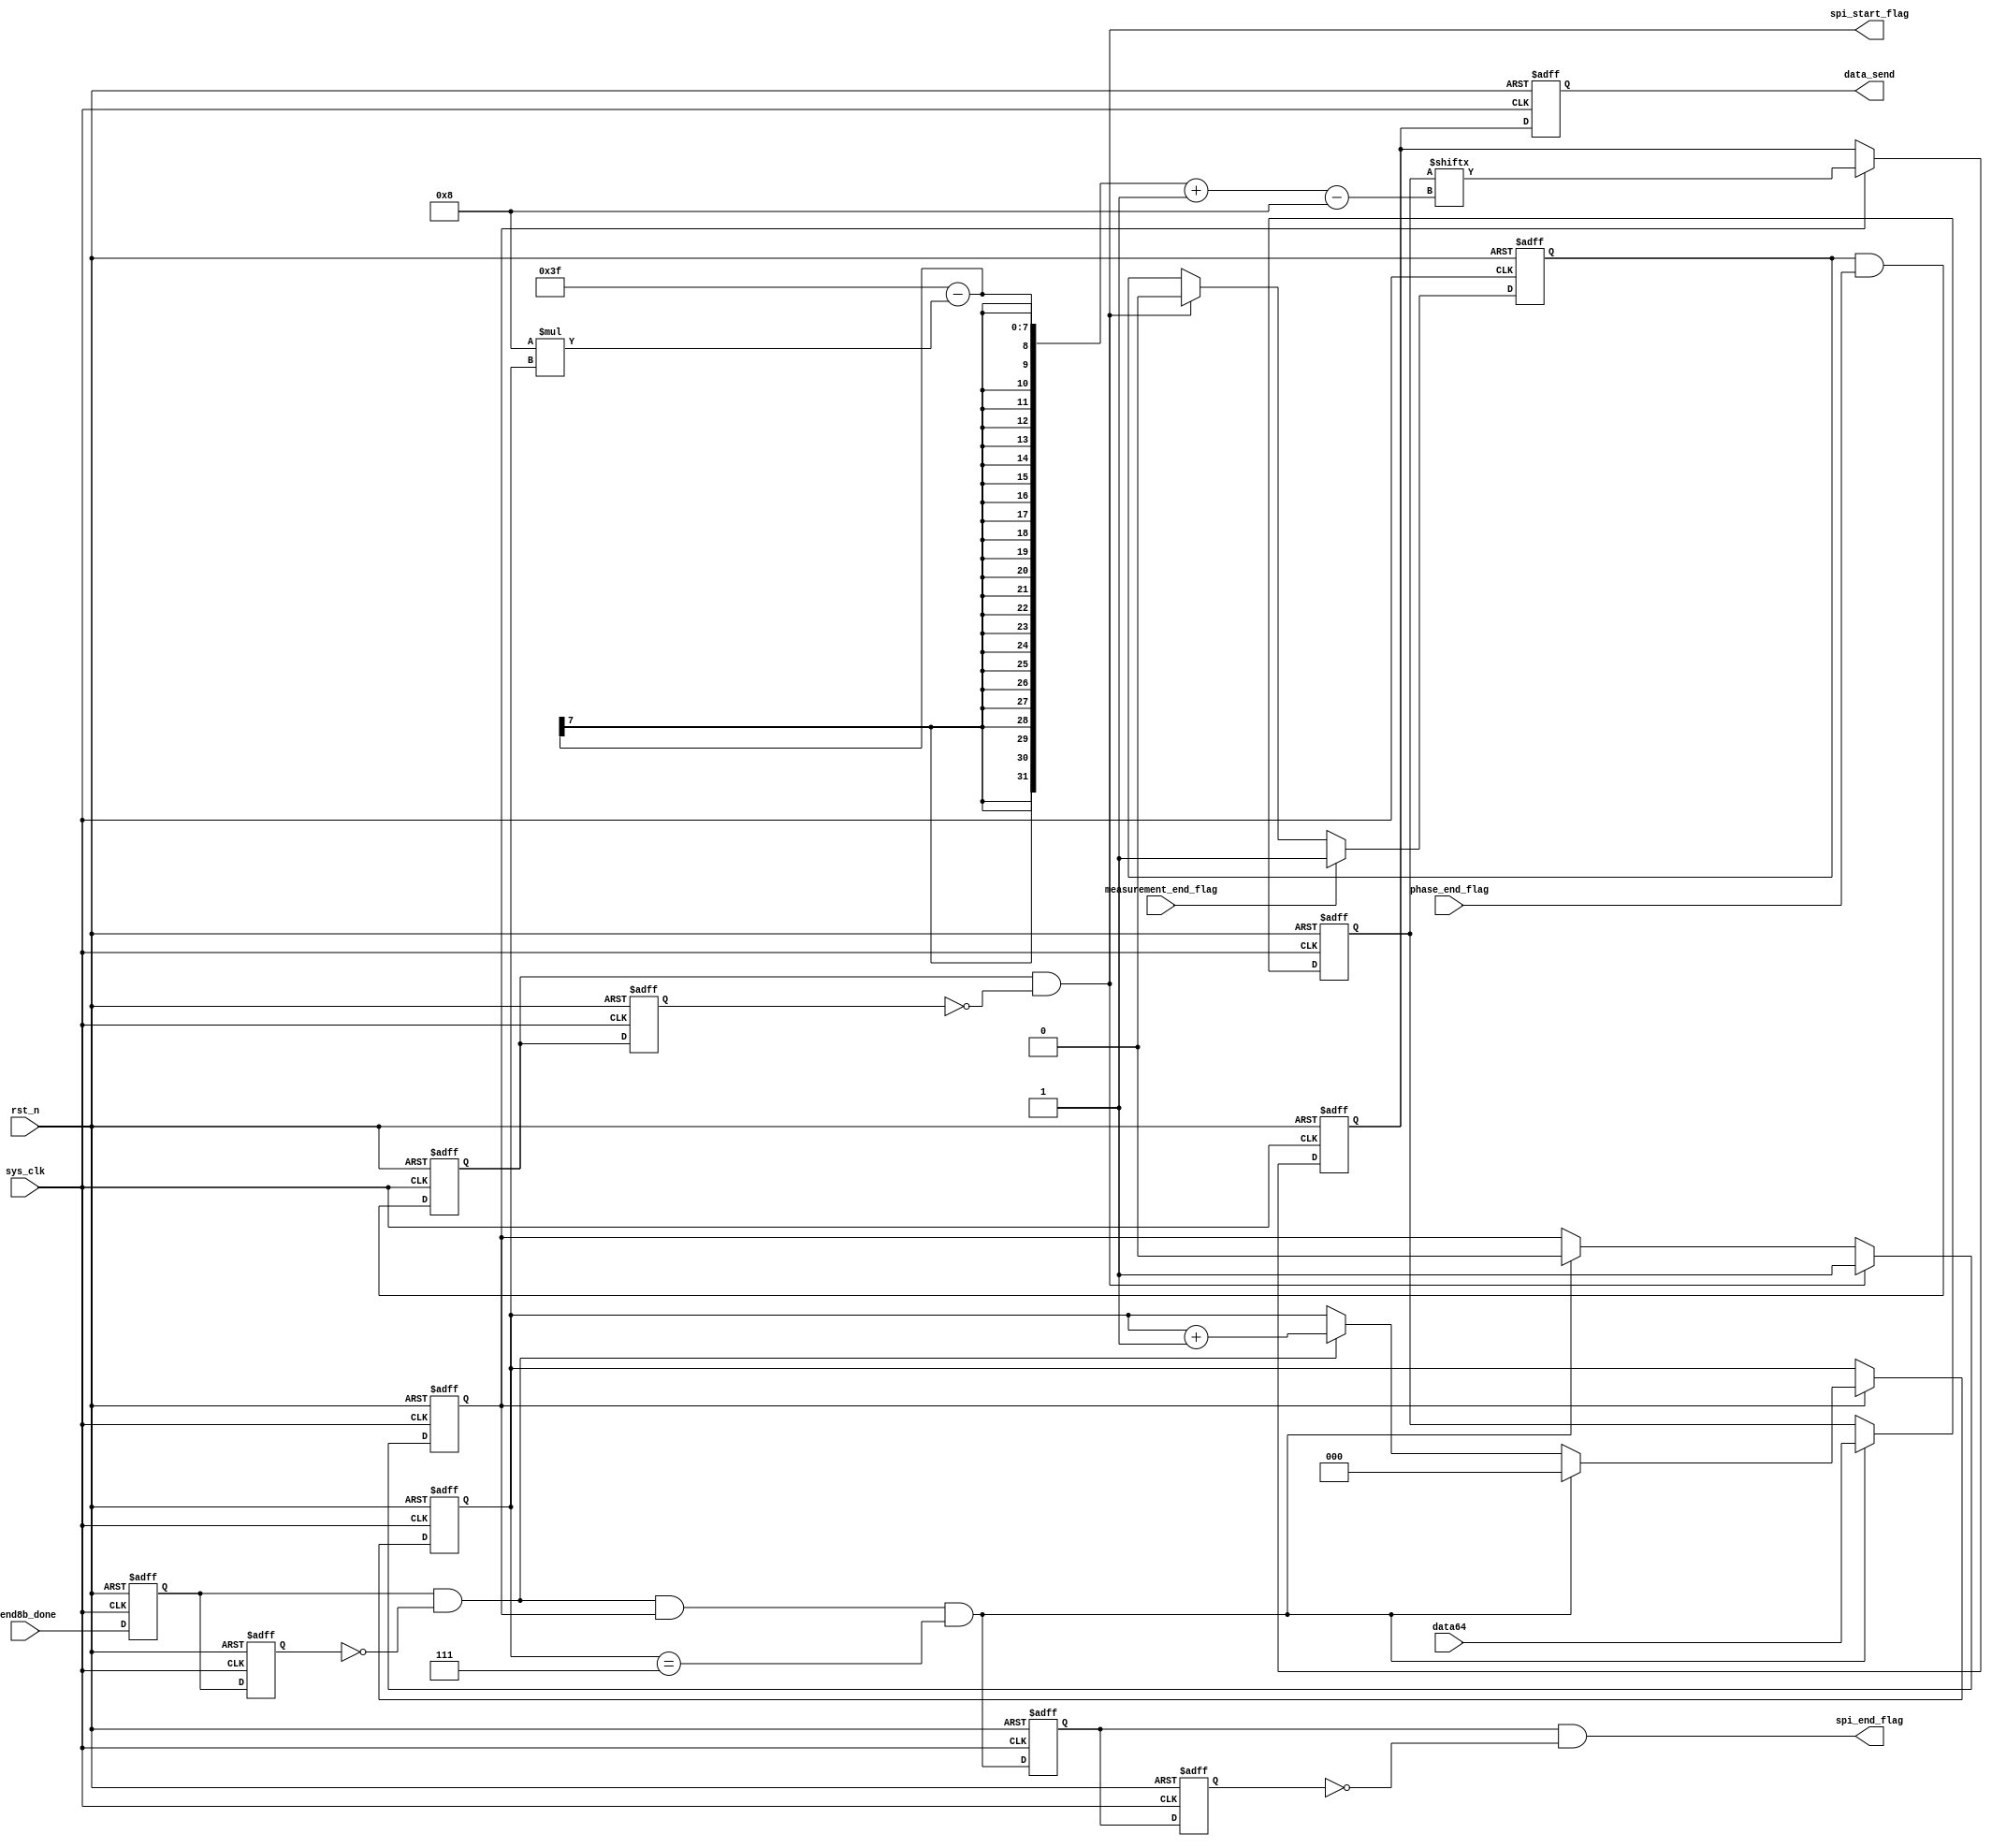
module spi_start(
    sys_clk        ,
    rst_n    ,
    send8b_done,
    measurement_end_flag,
    phase_end_flag,
    data_send,
    data64,
    spi_start_flag,
    spi_end_flag
    );
    input                               sys_clk                    ;
    input                               rst_n                      ;
    input                               send8b_done                ;
    input                               measurement_end_flag       ;
    input                               phase_end_flag             ;
    input  wire        [  63:0]         data64                     ;

    output reg         [   7:0]         data_send                  ;
    output                              spi_start_flag             ;
    output                              spi_end_flag               ;

reg                                     send8b_done_d0             ;
reg                                     send8b_done_d1             ;
wire                                    send8b_done_flag           ;
//send_done
assign send8b_done_flag = send8b_done_d0 & ~send8b_done_d1;

always@(posedge sys_clk or negedge rst_n)begin
    if(!rst_n)begin
        send8b_done_d0 <= 0;
        send8b_done_d1 <= 0;
    end
    else begin
        send8b_done_d0 <= send8b_done;
        send8b_done_d1 <= send8b_done_d0;
    end
end
//send8b_done_flag8*8=64
//0 -> 7
reg                    [   2:0]         cnt_0                      ;
wire                                    add_cnt_0                  ;
wire                                    end_cnt_0                  ;
reg                                     dout                       ;
always @(posedge sys_clk or negedge rst_n)begin
    if(!rst_n)
        cnt_0 <= 0;
    else if(add_cnt_0) begin
        if(end_cnt_0)
            cnt_0 <= 0;
        else if(send8b_done_flag)
            cnt_0 <= cnt_0 + 1;
    end
end
assign add_cnt_0 = dout==1 ;
assign end_cnt_0 = send8b_done_flag && add_cnt_0 && cnt_0==8-1 ;
    always  @(posedge sys_clk or negedge rst_n)begin
    if(!rst_n)
        dout <= 0;
    else if(spi_start_flag)
        dout <= 1;                                                  //endout = 1,
    else if(end_cnt_0)
        dout <= 0;
    end
//8\
reg                    [  63:0]         data64_reg                 ;
reg                    [   7:0]         data_send_reg              ;

always @(posedge sys_clk or negedge rst_n)begin
    if(!rst_n)
        data64_reg <= 0;
    else if(end_cnt_0) begin
        data64_reg <= data64;
    end
end
always@(posedge sys_clk or negedge rst_n)begin
    if(!rst_n)begin
        data_send_reg <= 0;
    end
    else if(dout) begin
        data_send_reg[7:0] <= data64_reg[63-(8*cnt_0)-:8];
    end
    else begin
        data_send_reg <= data_send_reg;
    end
end

always @(posedge sys_clk or negedge rst_n)begin
    if(!rst_n)
        data_send <= 0;
    else begin
        data_send <= data_send_reg;
    end
end
//**********************spi
wire                                    spi_start                  ;
reg                                     spi_start_d0               ;
reg                                     spi_start_d1               ;
reg                                     measurement_end_flag_reg   ;//measurement

always@(posedge sys_clk or negedge rst_n)begin
    if(!rst_n)begin
        measurement_end_flag_reg <= 0;
    end
    else if(measurement_end_flag) begin
        measurement_end_flag_reg <= 1;
    end
    else if(spi_start_flag) begin
        measurement_end_flag_reg <= 0;
    end
end

assign  spi_start = measurement_end_flag_reg && phase_end_flag;
assign  spi_start_flag = spi_start_d0 && ~spi_start_d1;

always@(posedge sys_clk or negedge rst_n)begin
    if(!rst_n)begin
        spi_start_d0<=0;
        spi_start_d1<=0;
    end
    else begin
        spi_start_d0<=spi_start;
        spi_start_d1<=spi_start_d0;
    end
end

wire                                    spi_end                    ;
reg                                     spi_end_d0                 ;
reg                                     spi_end_d1                 ;

    assign  spi_end = end_cnt_0;
    assign  spi_end_flag = spi_end_d0 && ~spi_end_d1;
always@(posedge sys_clk or negedge rst_n)begin
    if(!rst_n)begin
        spi_end_d0<=0;
        spi_end_d1<=0;
    end
    else begin
        spi_end_d0<=spi_end;
        spi_end_d1<=spi_end_d0;
    end
end
endmodule